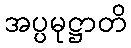
အပ္ပမုဋ္ဌာတိ